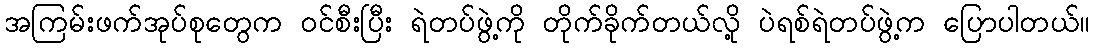
အကြမ်းဖက်အုပ်စုတွေက ဝင်စီးပြီး ရဲတပ်ဖွဲ့ကို တိုက်ခိုက်တယ်လို့ ပဲရစ်ရဲတပ်ဖွဲ့က ပြောပါတယ်။